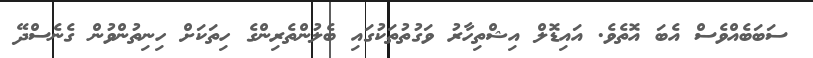
ސަބަބެއްވެސް އެބަ އޮތެވެ. އައިޑޮލް އިޝްތިހާރު ވަގުތުތަކުގައި ބެލުންތެރިންގެ ހިތަކަށް ހިނިތުންވުން ގެނެސްދޭ